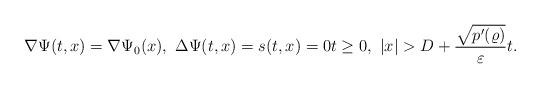
LaTeX: \begin{align*}\nabla \Psi(t,x)=\nabla\Psi_0(x),\ \Delta\Psi(t,x)=s(t,x)=0t\geq 0,\ |x|>D+\frac{\sqrt{p'(\varrho)}}{\varepsilon}t.\end{align*}